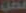
عمل